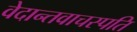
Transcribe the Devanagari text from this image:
वेदान्तवाचस्पति